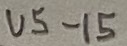
Text: U5-15